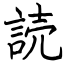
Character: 読